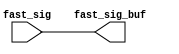
// ========== Copyright Header Begin ==========================================
// 
// OpenSPARC T1 Processor File: sctag_sig_rptr.v
// Copyright (c) 2006 Sun Microsystems, Inc.  All Rights Reserved.
// DO NOT ALTER OR REMOVE COPYRIGHT NOTICES.
// 
// The above named program is free software; you can redistribute it and/or
// modify it under the terms of the GNU General Public
// License version 2 as published by the Free Software Foundation.
// 
// The above named program is distributed in the hope that it will be 
// useful, but WITHOUT ANY WARRANTY; without even the implied warranty of
// MERCHANTABILITY or FITNESS FOR A PARTICULAR PURPOSE.  See the GNU
// General Public License for more details.
// 
// You should have received a copy of the GNU General Public
// License along with this work; if not, write to the Free Software
// Foundation, Inc., 51 Franklin St, Fifth Floor, Boston, MA 02110-1301, USA.
// 
// ========== Copyright Header End ============================================
module sctag_sig_rptr(/*AUTOARG*/
   // Outputs
   fast_sig_buf, 
   // Inputs
   fast_sig
   );


output  [39:0]	fast_sig_buf; 
input	[39:0]  fast_sig;


assign fast_sig_buf = fast_sig ;

endmodule